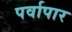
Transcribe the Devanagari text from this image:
पर्वापार